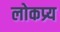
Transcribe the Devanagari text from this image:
लोकप्र्य